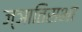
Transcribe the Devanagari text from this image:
ज्ञातिसभा